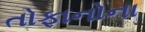
તોફાનોના